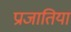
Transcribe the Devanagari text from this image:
प्राजातियां